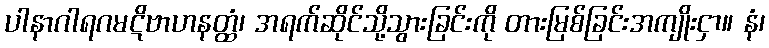
ပါနာဂါရဂမဋိဗာဟနတ္ထံ၊ အရက်ဆိုင်သို့သွားခြင်းကို တားမြစ်ခြင်းအကျိုးငှာ။ နံ၊